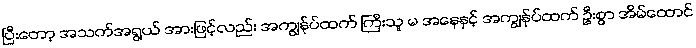
ပြီးတော့ အသက်အရွယ် အားဖြင့်လည်း အကျွန်ုပ်ထက် ကြီးသူ မ အနေနှင့် အကျွန်ုပ်ထက် ဦးစွာ အိမ်ထောင်